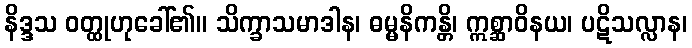
နိဒ္ဒသ ဝတ္ထုဟုခေါ်၏။ သိက္ခာသမာဒါန၊ ဓမ္မနိကန္တိ၊ ဣစ္ဆာဝိနယ၊ ပဋိသလ္လာန၊